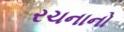
રચનાનો